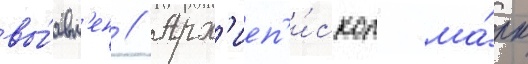
вы́явл'ен // Арх'иеп'и́скоп ма́рк